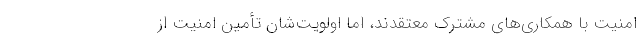
امنیت با همکاری‌­های مشترک معتقدند، اما اولویت‌شان تأمین امنیت از